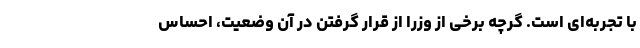
با تجربه‌ای است. گرچه برخی از وزرا از قرار گرفتن در آن وضعیت، احساس